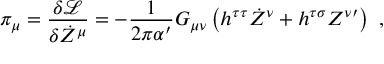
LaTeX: \pi _ { \mu } = \frac { \delta \mathcal { L } } { \delta \dot { Z } ^ { \mu } } = - \frac { 1 } { 2 \pi \alpha ^ { \prime } } G _ { \mu \nu } \left( h ^ { \tau \tau } \dot { Z } ^ { \nu } + h ^ { \tau \sigma } Z ^ { \nu \prime } \right) \ ,